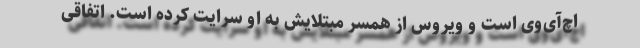
اچ‌آی‌وی است و ویروس از همسر مبتلایش به او سرایت کرده است. اتفاقی